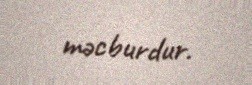
məcburdur.